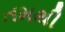
તમથી